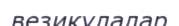
везикулалар